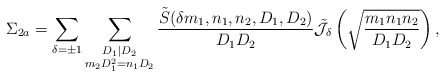
\begin{align*}\Sigma_{2a} = \sum \limits_{\delta = \pm 1} \sum \limits_{\substack{D_1 | D_2 \\ m_2 D_1^2 = n_1 D_2}} \frac{\tilde{S}(\delta m_1, n_1, n_2, D_1, D_2)}{D_1 D_2} \tilde{\mathcal{J}}_{\delta} \left(\sqrt{\frac{m_1 n_1 n_2}{D_1 D_2}}\right),\end{align*}